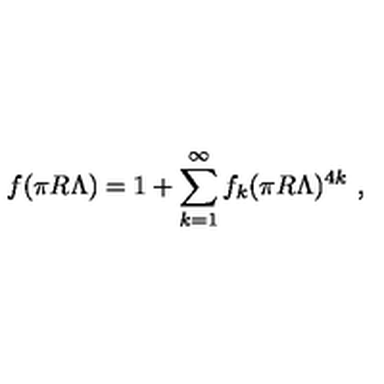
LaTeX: f ( \pi R \Lambda ) = 1 + \sum _ { k = 1 } ^ { \infty } f _ { k } ( \pi R \Lambda ) ^ { 4 k } \ ,